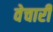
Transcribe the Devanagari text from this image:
वेचारी